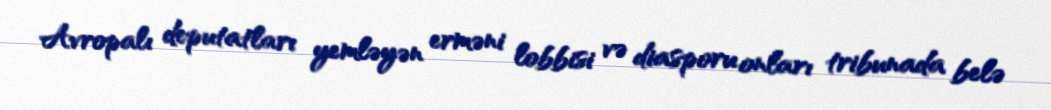
Avropalı deputatları yemləyən erməni lobbisi və diasporu onları tribunada belə